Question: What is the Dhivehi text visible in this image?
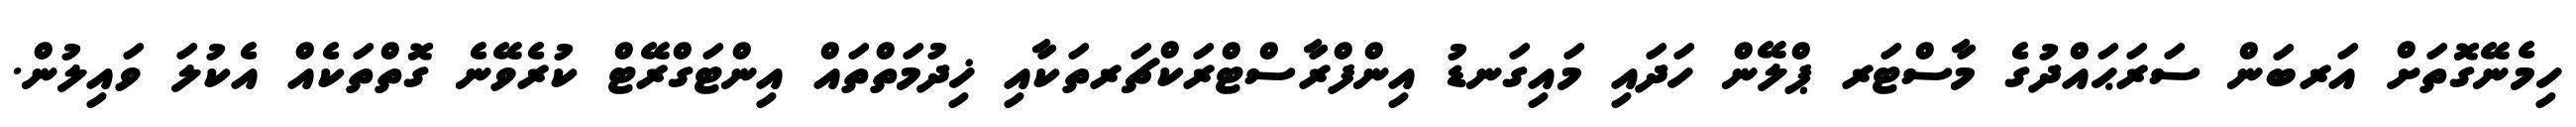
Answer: ހިމެނޭގޮތަށް އަރބަން ސަރަޙައްދުގެ މާސްޓަރ ޕްލޭން ހަދައި މައިގަނޑު އިންފްރާސްޓްރަކްޗަރތަކާއި ޚިދުމަތްތައް އިންޓަގްރޭޓް ކުރެވޭނެ ގޮތްތަކެއް އެކުލަ ވައިލުން.